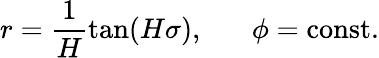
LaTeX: r=\frac{1}{H}\tan(H\sigma),\; \; \; \; \; \; \phi=\mathrm{const.}